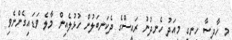
މި ހާދިސާ ހިނގީ މިއަދު ހެނދުނު ރައީސްގެ ދެކަނބަލުން ހުޅުލެއިން މާލެ ވަޑައިގެންނެވި